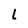
Character: l